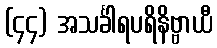
(၄၄) အသင်္ခါရပရိနိဗ္ဗာယီ